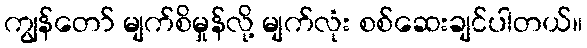
ကျွန်တော် မျက်စိမှုန်လို့ မျက်လုံး စစ်ဆေးချင်ပါတယ်။